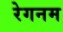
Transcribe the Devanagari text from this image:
रेगनम